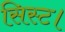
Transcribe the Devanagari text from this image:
सिस्ट।